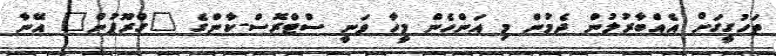
ތަހުގީގަށް އެއްބާރުލުން ދެމުން މި އަންހެން މީހާ ވަނީ ސްޓްރޮސް-ކާންގެ "ގްރޫޕުން" އޭނާ